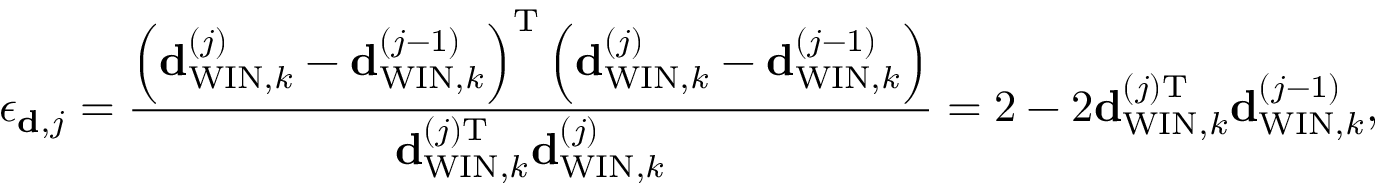
{ \epsilon _ { { \bf d } , j } } = \frac { \left( { \bf { d } } _ { \mathrm { W I N } , k } ^ { \left( j \right) } - { \bf { d } } _ { \mathrm { W I N } , k } ^ { \left( j - 1 \right) } \right) ^ { \mathrm { T } } \left( { \bf { d } } _ { \mathrm { W I N } , k } ^ { \left( j \right) } - { \bf { d } } _ { \mathrm { W I N } , k } ^ { \left( j - 1 \right) } \right) } { { \bf { d } } _ { \mathrm { W I N } , k } ^ { \left( j \right) \mathrm { T } } { \bf { d } } _ { \mathrm { W I N } , k } ^ { \left( j \right) } } = 2 - 2 { \bf { d } } _ { \mathrm { W I N } , k } ^ { \left( j \right) \mathrm { T } } { { \bf { d } } _ { \mathrm { W I N } , k } ^ { \left( j - 1 \right) } } ,